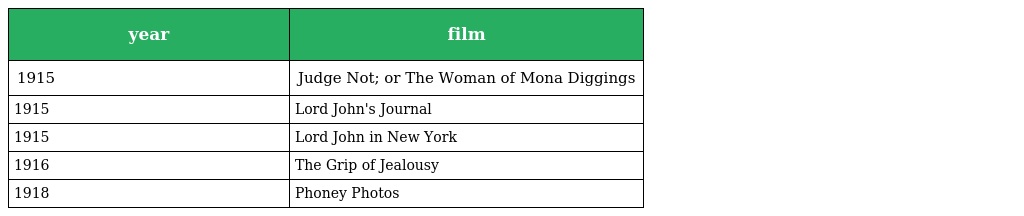
| year | film |
 | --- | --- |
 | 1915 | Judge Not; or The Woman of Mona Diggings |
 | 1915 | Lord John's Journal |
 | 1915 | Lord John in New York |
 | 1916 | The Grip of Jealousy |
 | 1918 | Phoney Photos |